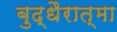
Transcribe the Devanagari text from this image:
बुद्धैरात्मा